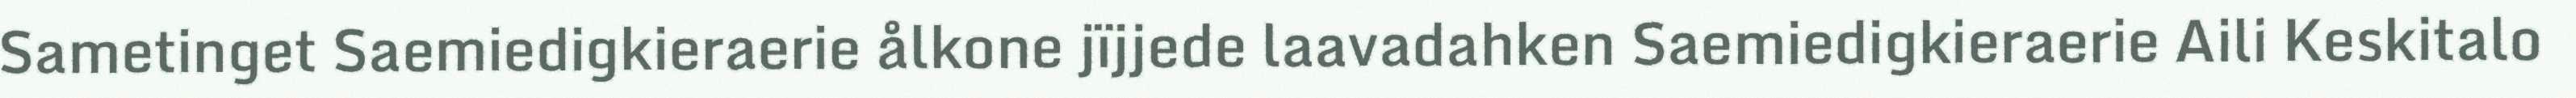
Sametinget Saemiedigkieraerie ålkone jïjjede laavadahken Saemiedigkieraerie Aili Keskitalo